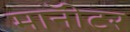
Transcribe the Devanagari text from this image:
माॅनीटर